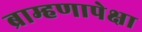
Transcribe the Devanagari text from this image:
ब्राम्हणापेक्षा